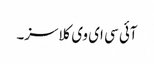
آئی سی ای وی کلاسز۔